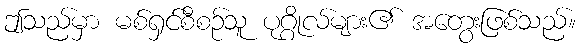
ဤသည်မှာ မစ်ရှင်စီစဉ်သူ ပုဂ္ဂိုလ်များ၏ အတွေးဖြစ်သည်။